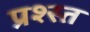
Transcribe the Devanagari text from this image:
प्रश्स्त